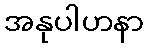
အနုပါဟနာ